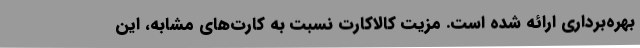
بهره‌برداری ارائه شده است. مزیت کالاکارت نسبت به کارت‌های مشابه، این